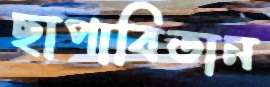
ছাপাবিতান